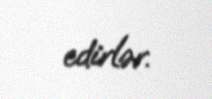
edirlər.